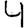
Digit: 4